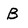
Character: B